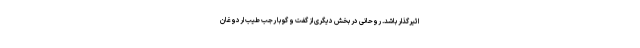
اثیرگذار باشد. روحانی در بخش دیگری از گفت و گو با رجب طیب اردوغان